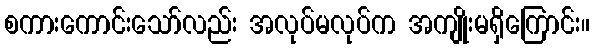
စကားကောင်းသော်လည်း အလုပ်မလုပ်က အကျိုးမရှိကြောင်း။